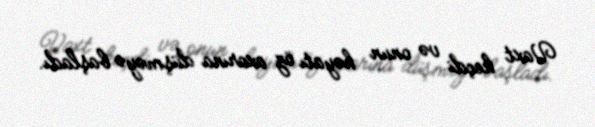
Vaxt keçdi və onun həyatı öz axarına düşməyə başladı.